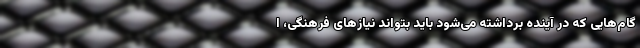
گام‌هایی که در آینده برداشته می‌شود باید بتواند نیازهای فرهنگی، ا